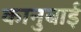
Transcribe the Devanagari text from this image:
कानुबाई